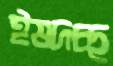
ঈষদচ্ছ